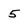
Character: 5